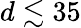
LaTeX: d\lesssim 35